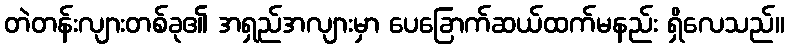
တဲတန်းလျားတစ်ခု၏ အရှည်အလျားမှာ ပေခြောက်ဆယ်ထက်မနည်း ရှိလေသည်။